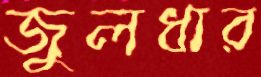
জুলধার